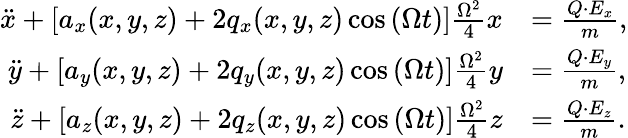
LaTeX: \begin{array}{rl}{\ddot{x}+\left[a_{x}(x,y,z)+2q_{x}(x,y,z)\cos\left(\Omega t\right)\right]\frac{\Omega^{2}}{4}x}&{=\frac{Q\cdot E_{x}}{m},}\\ {\ddot{y}+\left[a_{y}(x,y,z)+2q_{y}(x,y,z)\cos\left(\Omega t\right)\right]\frac{\Omega^{2}}{4}y}&{=\frac{Q\cdot E_{y}}{m},}\\ {\ddot{z}+\left[a_{z}(x,y,z)+2q_{z}(x,y,z)\cos\left(\Omega t\right)\right]\frac{\Omega^{2}}{4}z}&{=\frac{Q\cdot E_{z}}{m}.}\end{array}